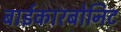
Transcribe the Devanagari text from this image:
बाईकारबोनिट